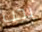
يجب